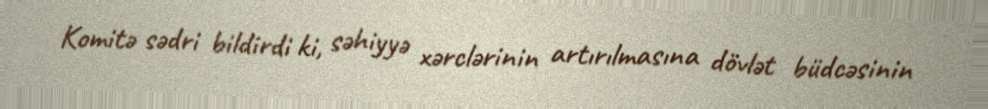
Komitə sədri bildirdi ki, səhiyyə xərclərinin artırılmasına dövlət büdcəsinin